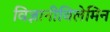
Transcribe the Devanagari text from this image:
विज्ञानीविलेमिन